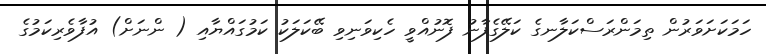
ހަމަކަށަވަރުން ތިމަންރަސްކަލާނގެ ކަލޭގެފާނު ފޮނުއްވީ ހެކިވަނިވި ބޭކަލަކު ކަމުގައްޔާއި ( ންނަށް) އުފާވެރިކަމުގެ